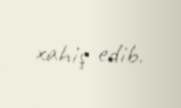
xahiş edib.